Civil Veterinary Dept. Assam report 1927-50 - 1927-1950
Year: 1927
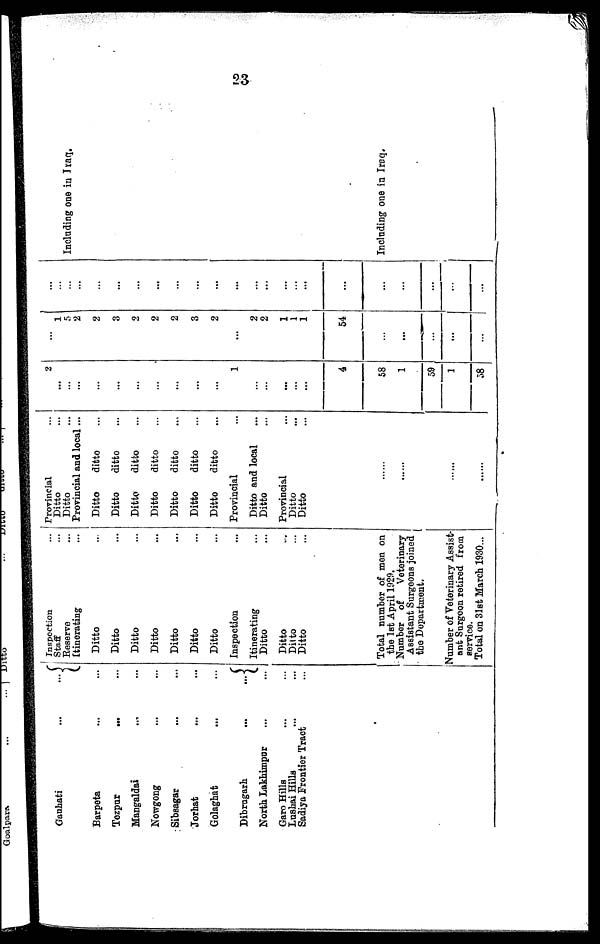
23
Gauhati
...
...
Barpeta ... ...
Tezpur ... ...
Mangaldai ... ...
Nowgong ... ...
Sibsagar ... ...
Jorhat ... ...
Golaghat ... ...
Dibrugarh
...
...
North Lakhimpur ... ...
Garo Hills ... ...
Lushai Hills ... ...
Sadiya Frontier Tract ...
Inspection ...
Staff ...
Reserve ...
Itinerating ...
Ditto ...
Ditto ...
Ditto ...
Ditto ...
Ditto ...
Ditto ...
Ditto ...
Inspection ...
Itinerating ...
Ditto ...
Ditto ...
Ditto ...
Ditto ...
Total number of men on
the 1st April 1929.
Number of
Veterinary
Assistant Surgeons joined
the
Department.
Number of Veterinary Assist-
ant Surgeon retired from
service.
Total on 31st March 1930...
Provincial ...
Ditto ...
Ditto ...
Provincial and local ...
Ditto
ditto ...
Ditto
ditto ...
Ditto
ditto ...
Ditto
ditto ...
Ditto
ditto ...
Ditto
ditto ...
Ditto
ditto ...
Provincial ...
Ditto and local ...
Ditto ...
Provincial ...
Ditto ...
Ditto ...
......
......
......
......
2
...
...
...
...
...
...
...
...
...
...
1
...
...
...
...
...
4
58
1
59
1
58
...
1
5
2
2
3
2
2
2
3
2
...
2
2
1
1
1
54
...
...
...
...
...
...
...
...
...
...
...
...
...
...
...
...
...
...
...
...
...
...
...
...
...
...
...
...
Including one in Iraq.
Including one in Iraq.